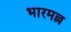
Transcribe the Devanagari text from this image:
भारमल्ल